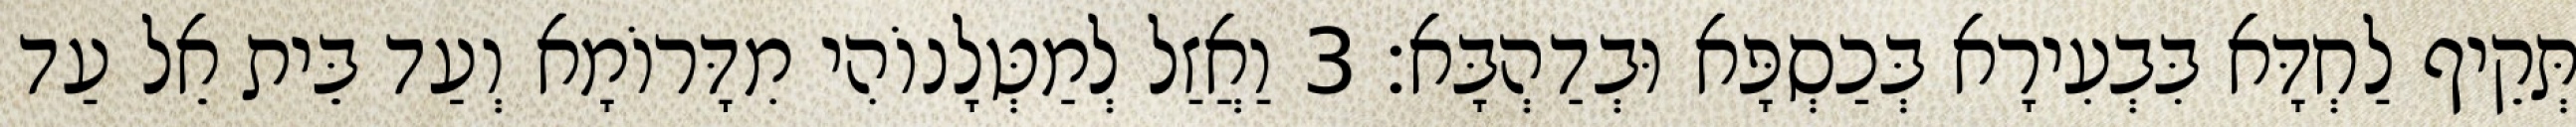
תְּקֵיף לַחְדָּא בִּבְעִירָא בְּכַסְפָּא וּבְדַהְבָּא׃ 3 וַאֲזַל לְמַטְּלָנוֹהִי מִדָּרוֹמָא וְעַד בֵּית אֵל עַד